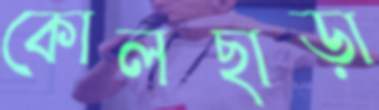
কোলছাড়া